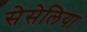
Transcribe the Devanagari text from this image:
सेसेलिया